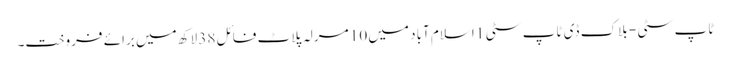
ٹاپ سٹی - بلاک ڈی ٹاپ سٹی 1 اسلام آباد میں 10 مرلہ پلاٹ فائل 38 لاکھ میں برائے فروخت۔